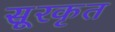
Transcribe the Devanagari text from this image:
सूरकृत